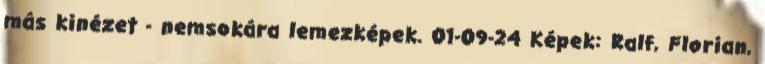
más kinézet - nemsokára lemezképek. 01-09-24 Képek: Ralf, Florian,